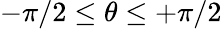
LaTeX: -\pi/2\le\theta\le+\pi/2